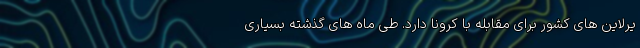
یرلاین های کشور برای مقابله با کرونا دارد. طی ماه های گذشته بسیاری